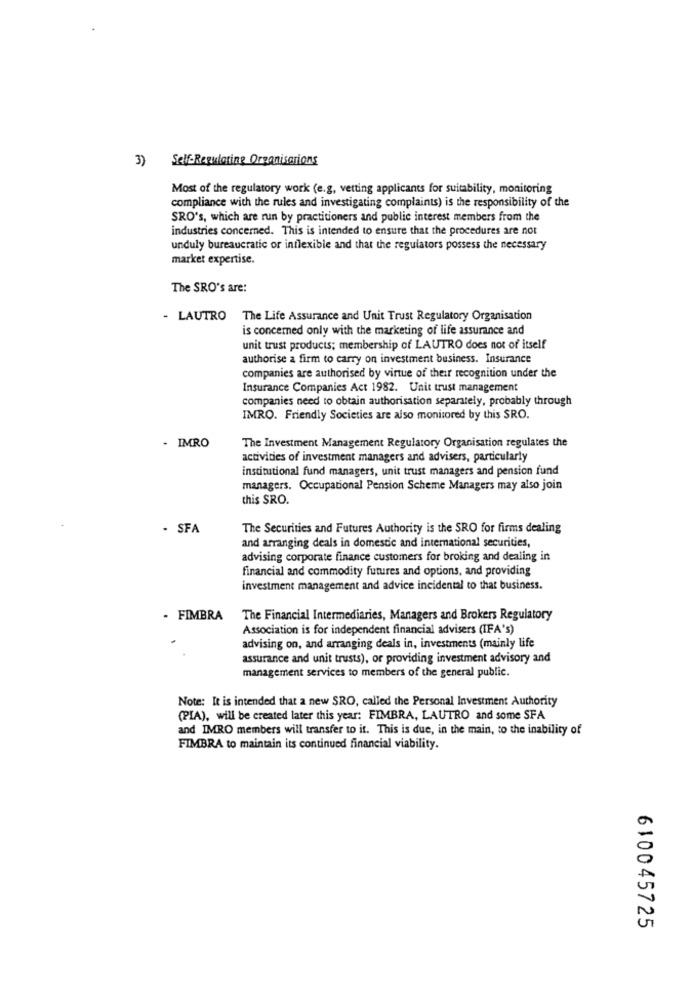
3) Self-Regulating Organisarions
Most of the regulatory work (e.g, vetting applicants for suitability, monitoring
compliance with the rules and investigating complaints) is the responsibility of the
SRO's, which are run by practitioners and public interest members from the
industries concerned. This is intended to ensure that the procedures are not
unduly bureaucratic or inflexible and that the regulators possess the necessary
market expertise.
The SRO's are:
- LAUTRO The Life Assurance and Unit Trust Regulatory Organisation
is concerned only with the marketing of life assurance and
unit trust products; membership of LAUTRO does not of itself
authorise a firm to carry on investment business. Insurance
companies are authorised by virtue of their recognition under the
Insurance Companies Act 1982. Unit trust management
companies need to obtain authorisation separately, probably through
IMRO. Friendly Societies are also monitored by this SRO.
- IMRO
The Investment Management Regulatory Organisation regulates the
activities of investment managers and advisers, particularly
institutional fund managers, unit trust managers and pension fund
managers. Occupational Pension Scheme Managers may also join
this SRO.
- SFA
The Securities and Futures Authority is the SRO for firms dealing
and arranging deals in domestic and international securities,
advising corporate finance customers for broking and dealing in
financial and commodity futures and options, and providing
investment management and advice incidental to that business.
- FIMBRA
The Financial Intermediaries, Managers and Brokers Regulatory
Association is for independent financial advisers (IFA's)
advising on, and arranging deals in, investments (mainly life
assurance and unit trusts), or providing investment advisory and
management services to members of the general public.
Note: It is intended that a new SRO, called the Personal Investment Authority
(PIA), will be created later this year: FIMBRA, LAUTRO and some SFA
and IMRO members will transfer to it. This is due, in the main, to the inability of
FIMBRA to maintain its continued financial viability.
610045725